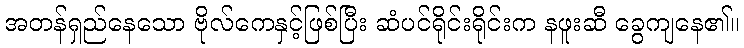
အတန်ရှည်နေသော ဗိုလ်ကေနှင့်ဖြစ်ပြီး ဆံပင်ရိုင်းရိုင်းက နဖူးဆီ ခွေကျနေ၏။